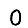
Digit: 0